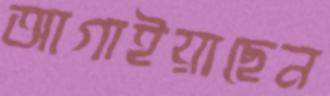
আগাইয়াছেন